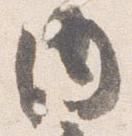
内